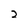
Character: 2